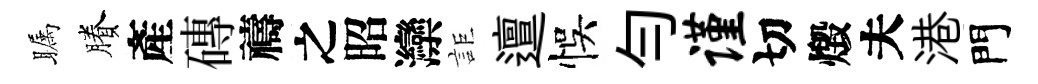
瞩賸產磚禱之昭灤詎邅悞勻谨切燬夫港門